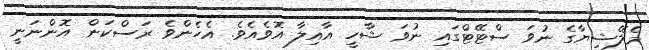
މެލޭޝިޔާގެ ނުވަ ސްޓޭޓްގައި ނުވަ ޝާހީ އާއިލާ އޮވެއެވެ. އެހެންވެ ރަސްކަން އޮންނަނީ